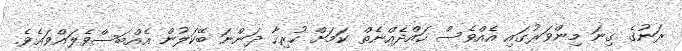
ރަނުގެ ގިނަ މިންވަރުގައި އެއްވެސް ހައްދެއްނެތް ކަމަށް ހުރިހާ ދަންނަ ބޭކަލުން އެއްބަސްވެލައްވައެވެ.